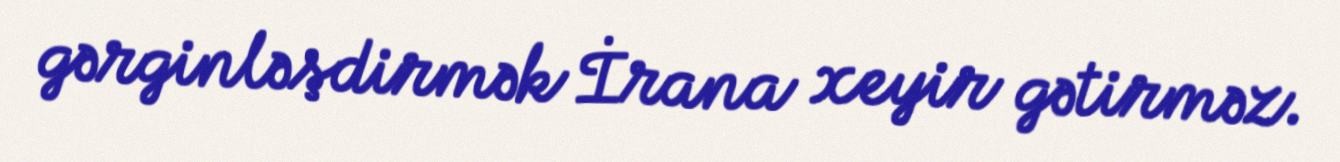
gərginləşdirmək İrana xeyir gətirməz.